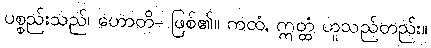
ပစ္စည်းသည်၊ ဟောတိ- ဖြစ်၏။ ကထံ, ဣတ္ထံ ဟူသည်တည်း။